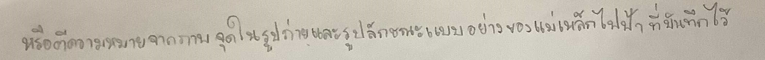
หรือตีความหมายจากภาพจุดในรูปถ่ายและรูปลักษณะแบบอย่างของแม่เหล็กไฟฟ้าที่บันทึกไว้